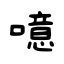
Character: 噫